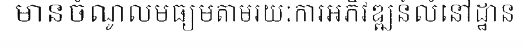
មានចំណូលមធ្យមតាមរយៈការអភិវឌ្ឍន៍លំនៅដ្ឋាន